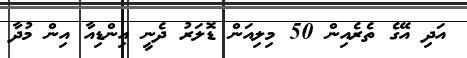
އަދި އޭގެ ތެރެއިން 50 މިލިއަން ޑޮލަރު ދެނީ އިންޑިއާ އިން މުދާ